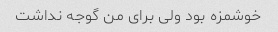
خوشمزه بود ولی برای من گوجه نداشت